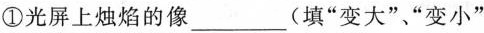
①光屏上烛焰的像___(填”变大”、”变小”